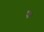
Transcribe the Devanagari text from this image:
पः